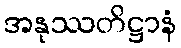
အနုဿတိဋ္ဌာနံ